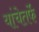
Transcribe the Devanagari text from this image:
यांचेतर्फे